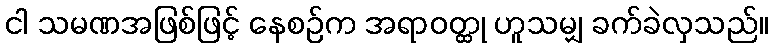
ငါ သမဏအဖြစ်ဖြင့် နေစဉ်က အရာဝတ္ထု ဟူသမျှ ခက်ခဲလှသည်။